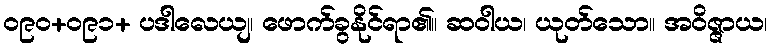
ဝ၉၀+ဝ၉၁+ ပဒါလေယျ၊ ဖောက်ခွနိုင်ရာ၏။ ဆဝါယ၊ ယုတ်သော။ အဝိဇ္ဇာယ၊